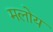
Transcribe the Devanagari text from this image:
मलोय